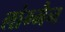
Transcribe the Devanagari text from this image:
लांग्मैन